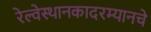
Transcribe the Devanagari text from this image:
रेल्वेस्थानकादरम्यानचे